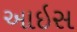
આઇસ